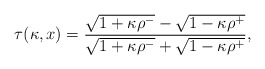
\begin{align*}\tau (\kappa, x) = {\sqrt{1 + \kappa\rho^-} - \sqrt{1 - \kappa\rho^+}\over \sqrt{1 + \kappa\rho^-}+ \sqrt{1 - \kappa \rho^+}},\end{align*}